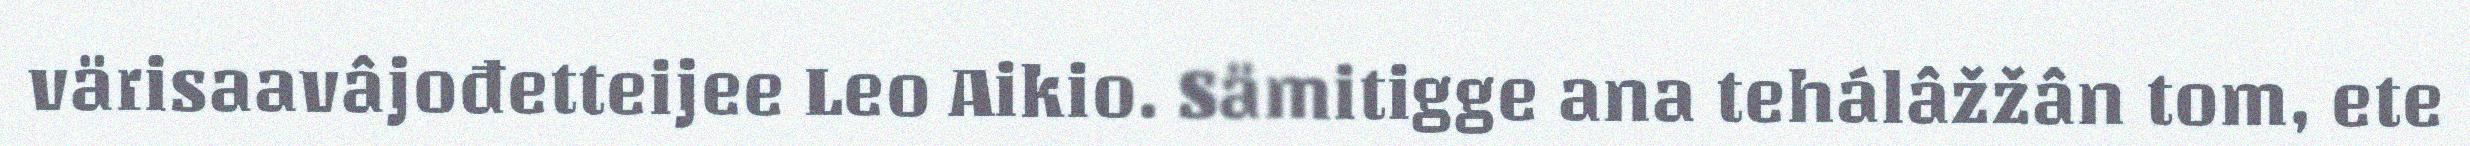
värisaavâjođetteijee Leo Aikio. Sämitigge ana tehálâžžân tom, ete